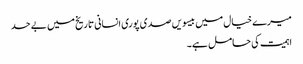
میرے خیال میں بیسویں صدی پوری انسانی تاریخ میں بے حد
اہمیت کی حامل ہے۔